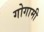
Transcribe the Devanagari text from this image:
गोगामी